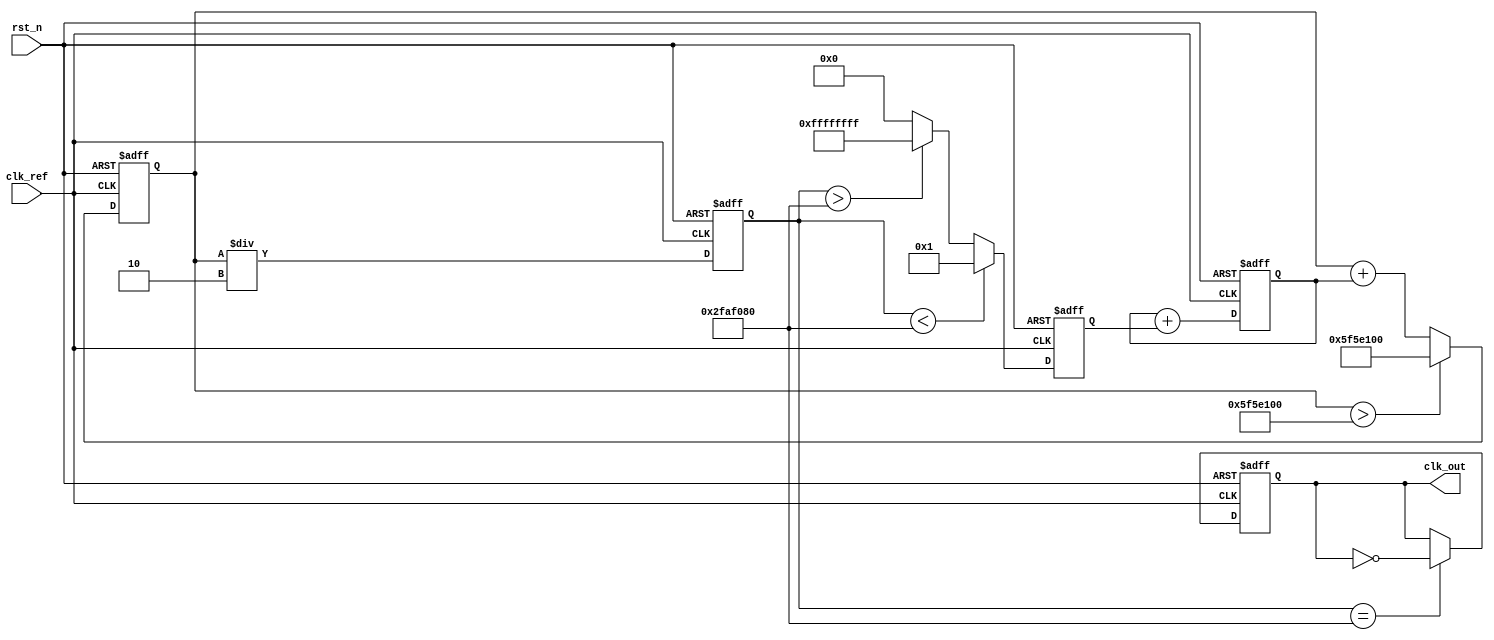
module parameterized_PLL #(
    parameter REF_FREQ = 50_000_000, // Reference frequency in Hz
    parameter MULT_FACTOR = 4,        // Multiplication factor
    parameter DIV_FACTOR = 2,         // Division factor
    parameter FILTER_TYPE = 1,        // 1: First-order, 2: Second-order
    parameter VCO_RANGE = 100_000_000 // VCO frequency range in Hz
)(
    input wire clk_ref,               // Reference clock input
    input wire rst_n,                 // Active low reset
    output reg clk_out                // Output clock
);

    // Internal signals
    reg [31:0] vco_freq;              // VCO frequency
    reg [31:0] error_signal;          // Error signal from PD
    reg [31:0] control_voltage;       // Control voltage for VCO
    reg [31:0] feedback_div;          // Feedback divider output
    reg [31:0] loop_filter_output;    // Output of the loop filter

    // Phase Detector (PD)
    always @(posedge clk_ref or negedge rst_n) begin
        if (!rst_n) begin
            error_signal <= 0;
        end else begin
            // Simple PD: Compare reference clock with feedback clock
            if (feedback_div < REF_FREQ) begin
                error_signal <= 1; // VCO needs to speed up
            end else if (feedback_div > REF_FREQ) begin
                error_signal <= -1; // VCO needs to slow down
            end else begin
                error_signal <= 0; // Phase locked
            end
        end
    end

    // Loop Filter (First-order for simplicity)
    always @(posedge clk_ref or negedge rst_n) begin
        if (!rst_n) begin
            loop_filter_output <= 0;
        end else begin
            case (FILTER_TYPE)
                1: begin // First-order filter
                    loop_filter_output <= loop_filter_output + error_signal;
                end
                2: begin // Placeholder for second-order filter
                    // Implement second-order filter logic here
                end
                default: begin
                    loop_filter_output <= loop_filter_output; // No change
                end
            endcase
        end
    end

    // Voltage-Controlled Oscillator (VCO)
    always @(posedge clk_ref or negedge rst_n) begin
        if (!rst_n) begin
            vco_freq <= REF_FREQ * MULT_FACTOR; // Initialize VCO frequency
        end else begin
            // Adjust VCO frequency based on control voltage
            vco_freq <= vco_freq + loop_filter_output;
            // Ensure VCO frequency is within range
            if (vco_freq > VCO_RANGE) begin
                vco_freq <= VCO_RANGE;
            end
        end
    end

    // Divider
    always @(posedge clk_ref or negedge rst_n) begin
        if (!rst_n) begin
            feedback_div <= 0;
        end else begin
            feedback_div <= vco_freq / DIV_FACTOR; // Divide VCO frequency
        end
    end

    // Output clock generation
    always @(posedge clk_ref or negedge rst_n) begin
        if (!rst_n) begin
            clk_out <= 0;
        end else begin
            // Generate output clock based on feedback_div
            clk_out <= (feedback_div == REF_FREQ) ? ~clk_out : clk_out; // Toggle clock
        end
    end

endmodule